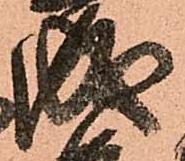
成